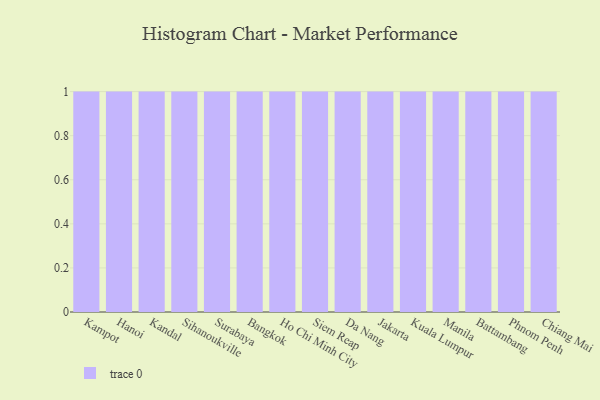
{"axis": {"x": "City", "y": "Temperature (°C)"}, "legend": [""], "data": [{"x": "Kampot", "y": 68, "type": ""}, {"x": "Hanoi", "y": 18, "type": ""}, {"x": "Kandal", "y": 46, "type": ""}, {"x": "Sihanoukville", "y": 25, "type": ""}, {"x": "Surabaya", "y": 31, "type": ""}, {"x": "Bangkok", "y": 67, "type": ""}, {"x": "Ho Chi Minh City", "y": 30, "type": ""}, {"x": "Siem Reap", "y": 93, "type": ""}, {"x": "Da Nang", "y": 49, "type": ""}, {"x": "Jakarta", "y": 69, "type": ""}, {"x": "Kuala Lumpur", "y": 36, "type": ""}, {"x": "Manila", "y": 31, "type": ""}, {"x": "Battambang", "y": 63, "type": ""}, {"x": "Phnom Penh", "y": 11, "type": ""}, {"x": "Chiang Mai", "y": 74, "type": ""}]}